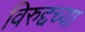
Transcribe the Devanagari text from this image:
विरुद्दच्या